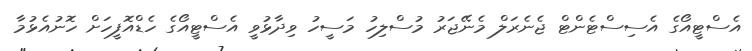
އެސްޓީއޯގެ އެސިސްޓެންޓް ޖެނެރަލް މެނޭޖަރު މުސްލިހު މަސީހު ވިދާޅުވީ އެސްޓީއޯގެ ހެޑްއޮފީހަށް ހޮނުއެޅުމާ